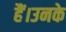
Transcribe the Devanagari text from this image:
हैं।उनके